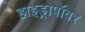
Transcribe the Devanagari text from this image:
हाइड्रोपॉवर